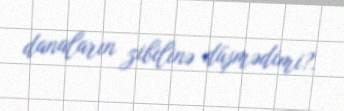
danaların zibilinə düşmədimi?.